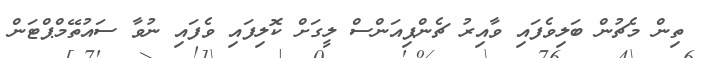
ތިން މެޗުން ބަލިވެފައި ވާއިރު ޗެންޕިއަންސް ލީގަށް ކޮލިފައި ވެފައި ނުވާ ސައުތޭމްޕްޓަން